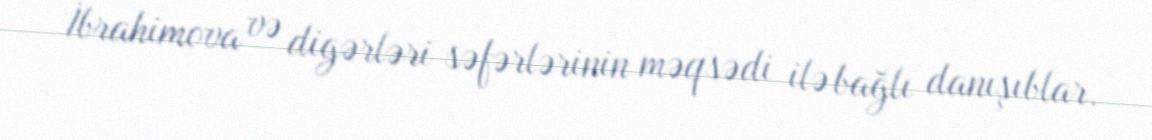
İbrahimova və digərləri səfərlərinin məqsədi ilə bağlı danışıblar.